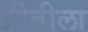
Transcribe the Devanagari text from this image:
प्रीतीला